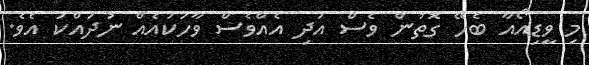
މި ވީޑިއޯއާ ބެހޭ ގޮތުން ވެސް އަދި އެއްވެސް ވާހަކައެއް ނުދައްކަ އެވެ.